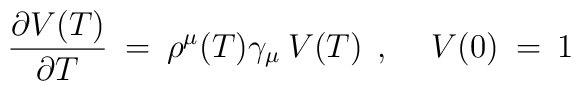
\frac{\partial  V(T)}{\partial  T} \> = \>\rho^{\mu}(T)\gamma_{\mu} \> V(T) \> \> , \hspace{0.5cm} V(0) \> = \>1